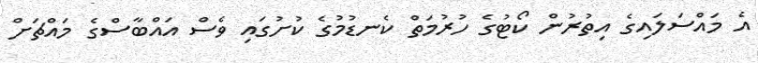
އެ މައްސަލައިގެ އިތުރުން ކޯޓުގެ ހުރުމަތް ކެނޑުމުގެ ކުށުގައި ވެސް އައްބާސްގެ މައްޗަށް